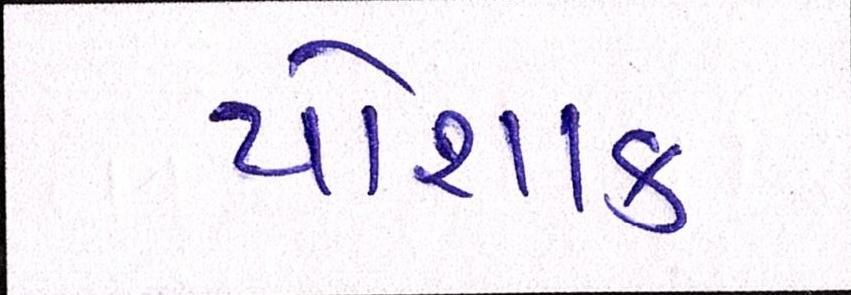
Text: પોશાક